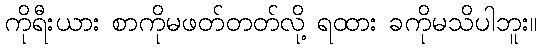
ကိုရီးယား စာကိုမဖတ်တတ်လို့ ရထား ခကိုမသိပါဘူး။